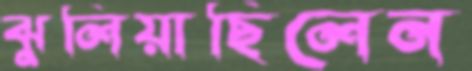
ঝুলিয়াছিলেন